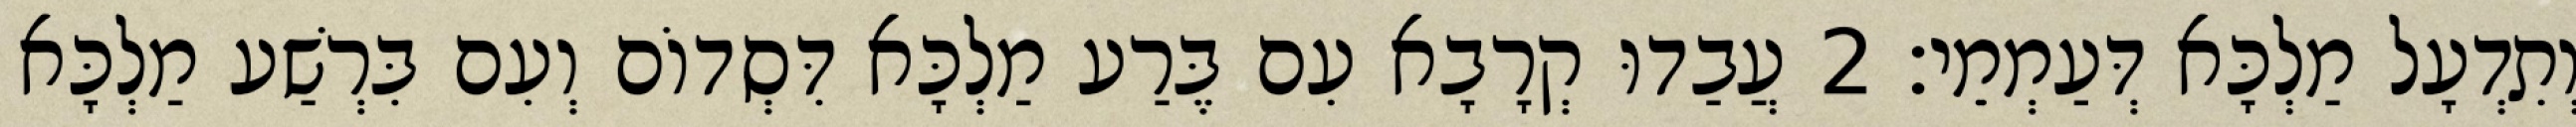
וְתִדְעָל מַלְכָּא דְּעַמְמֵי׃ 2 עֲבַדוּ קְרָבָא עִם בֶּרַע מַלְכָּא דִּסְדוֹם וְעִם בִּרְשַׁע מַלְכָּא